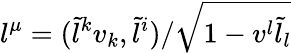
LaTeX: l^{\mu}=(\tilde{l}^{k}v_{k},\tilde{l}^{i})/\sqrt{1-v^{l}\tilde{l}_{l}}